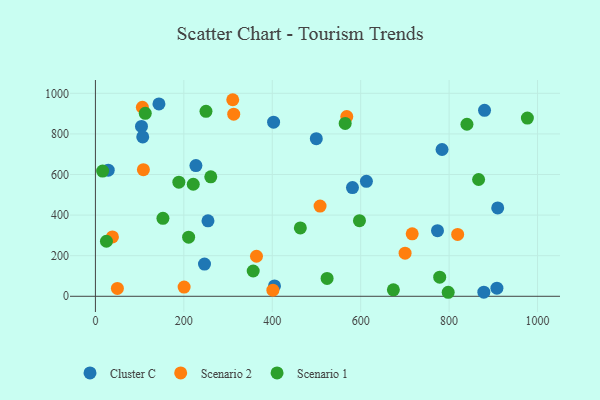
{"axis": {"x": "Distance", "y": "Sales"}, "legend": ["Cluster C", "Scenario 1", "Scenario 2"], "data": [{"x": "908.1", "y": 39.9, "type": "Cluster C"}, {"x": "104.2", "y": 836.8, "type": "Cluster C"}, {"x": "909.9", "y": 435.4, "type": "Cluster C"}, {"x": "878.5", "y": 20.3, "type": "Cluster C"}, {"x": "405.0", "y": 51.1, "type": "Cluster C"}, {"x": "784.0", "y": 723.2, "type": "Cluster C"}, {"x": "880.1", "y": 916.0, "type": "Cluster C"}, {"x": "773.7", "y": 323.3, "type": "Cluster C"}, {"x": "612.9", "y": 566.5, "type": "Cluster C"}, {"x": "403.0", "y": 857.7, "type": "Cluster C"}, {"x": "254.6", "y": 371.8, "type": "Cluster C"}, {"x": "143.7", "y": 947.5, "type": "Cluster C"}, {"x": "227.3", "y": 643.8, "type": "Cluster C"}, {"x": "499.6", "y": 776.7, "type": "Cluster C"}, {"x": "246.7", "y": 158.9, "type": "Cluster C"}, {"x": "107.0", "y": 785.0, "type": "Cluster C"}, {"x": "581.4", "y": 535.7, "type": "Cluster C"}, {"x": "29.0", "y": 621.5, "type": "Cluster C"}, {"x": "700.4", "y": 212.6, "type": "Scenario 2"}, {"x": "364.3", "y": 197.3, "type": "Scenario 2"}, {"x": "200.6", "y": 45.3, "type": "Scenario 2"}, {"x": "106.2", "y": 931.4, "type": "Scenario 2"}, {"x": "819.3", "y": 304.8, "type": "Scenario 2"}, {"x": "508.1", "y": 444.4, "type": "Scenario 2"}, {"x": "38.5", "y": 292.7, "type": "Scenario 2"}, {"x": "49.7", "y": 38.7, "type": "Scenario 2"}, {"x": "401.4", "y": 29.9, "type": "Scenario 2"}, {"x": "312.8", "y": 897.1, "type": "Scenario 2"}, {"x": "568.5", "y": 885.3, "type": "Scenario 2"}, {"x": "310.6", "y": 968.4, "type": "Scenario 2"}, {"x": "716.5", "y": 307.6, "type": "Scenario 2"}, {"x": "108.5", "y": 624.0, "type": "Scenario 2"}, {"x": "977.0", "y": 878.1, "type": "Scenario 1"}, {"x": "16.3", "y": 616.9, "type": "Scenario 1"}, {"x": "673.9", "y": 31.9, "type": "Scenario 1"}, {"x": "564.9", "y": 851.6, "type": "Scenario 1"}, {"x": "24.9", "y": 271.2, "type": "Scenario 1"}, {"x": "597.2", "y": 372.3, "type": "Scenario 1"}, {"x": "778.7", "y": 94.4, "type": "Scenario 1"}, {"x": "840.3", "y": 847.5, "type": "Scenario 1"}, {"x": "188.7", "y": 562.4, "type": "Scenario 1"}, {"x": "152.7", "y": 384.1, "type": "Scenario 1"}, {"x": "112.7", "y": 901.5, "type": "Scenario 1"}, {"x": "524.0", "y": 87.8, "type": "Scenario 1"}, {"x": "250.1", "y": 911.2, "type": "Scenario 1"}, {"x": "866.7", "y": 575.5, "type": "Scenario 1"}, {"x": "260.9", "y": 588.7, "type": "Scenario 1"}, {"x": "221.3", "y": 552.1, "type": "Scenario 1"}, {"x": "463.5", "y": 337.0, "type": "Scenario 1"}, {"x": "797.9", "y": 19.8, "type": "Scenario 1"}, {"x": "210.8", "y": 291.1, "type": "Scenario 1"}, {"x": "356.9", "y": 124.7, "type": "Scenario 1"}]}